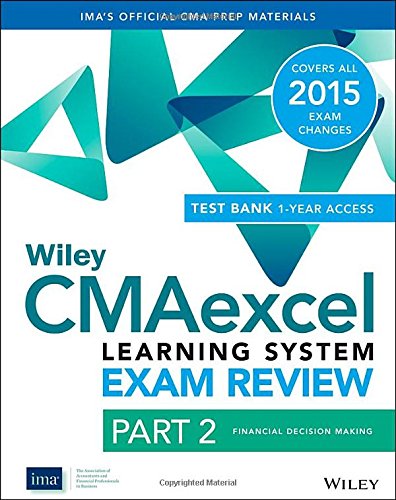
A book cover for Wiley CMAexcel Learning System Exam Review 2015 + Test Bank: Part 2, Financial Decision Making (Wiley CMA Learning System); IMA; Test Preparation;